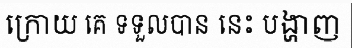
ក្រោយ គេ ទទួលបាន នេះ បង្ហាញ